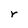
Character: r